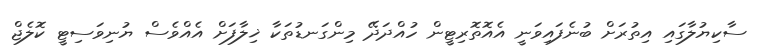
ސާކިޔުލާގައި އިތުރަށް ބުނެފައިވަނީ އެއޮތޮރިޓީން ހުއްދަދޭ މިންގަނޑުތަކާ ޚިލާފަށް އެއްވެސް ޔުނިވަސިޓީ ކޮލެޖް